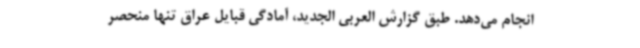
انجام می‌دهد. طبق گزارش العربی الجدید، آمادگی قبایل عراق تنها منحصر